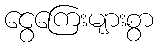
ငွေကြေးများစွာ